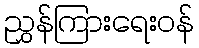
ညွှန်ကြားရေးဝန်